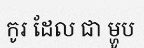
កូរ ដែល ជា ម្ហូប